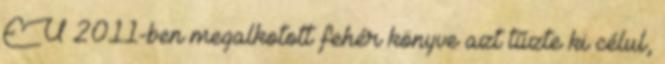
EU 2011-ben megalkotott fehér könyve azt tűzte ki célul,